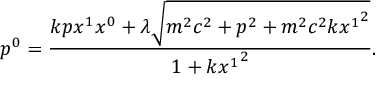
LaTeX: p ^ { 0 } = \frac { k p x ^ { 1 } x ^ { 0 } + \lambda \sqrt { m ^ { 2 } c ^ { 2 } + p ^ { 2 } + m ^ { 2 } c ^ { 2 } k { x ^ { 1 } } ^ { 2 } } } { 1 + k { x ^ { 1 } } ^ { 2 } } .